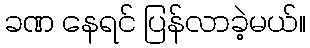
ခဏ နေရင် ပြန်လာခဲ့မယ်။